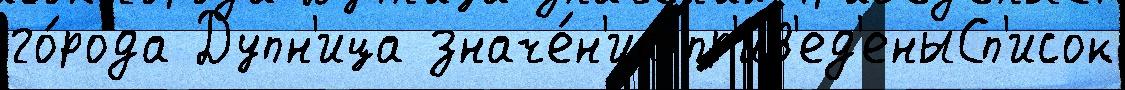
го́рода Дупн'ица значе́н'ий пр'ив'ед'еныСп'исок